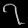
Digit: ၇